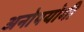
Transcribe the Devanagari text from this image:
अनोपयोगी